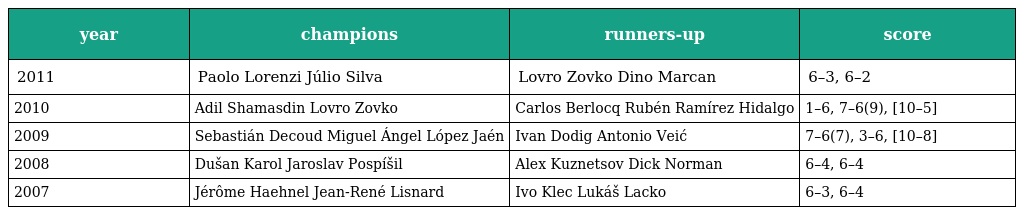
| year | champions | runners-up | score |
 | --- | --- | --- | --- |
 | 2011 | Paolo Lorenzi Júlio Silva | Lovro Zovko Dino Marcan | 6–3, 6–2 |
 | 2010 | Adil Shamasdin Lovro Zovko | Carlos Berlocq Rubén Ramírez Hidalgo | 1–6, 7–6(9), [10–5] |
 | 2009 | Sebastián Decoud Miguel Ángel López Jaén | Ivan Dodig Antonio Veić | 7–6(7), 3–6, [10–8] |
 | 2008 | Dušan Karol Jaroslav Pospíšil | Alex Kuznetsov Dick Norman | 6–4, 6–4 |
 | 2007 | Jérôme Haehnel Jean-René Lisnard | Ivo Klec Lukáš Lacko | 6–3, 6–4 |